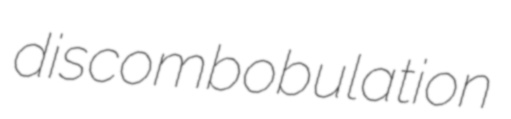
discombobulation